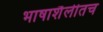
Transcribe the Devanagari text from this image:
भाषाशैलीतच